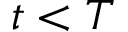
t < T